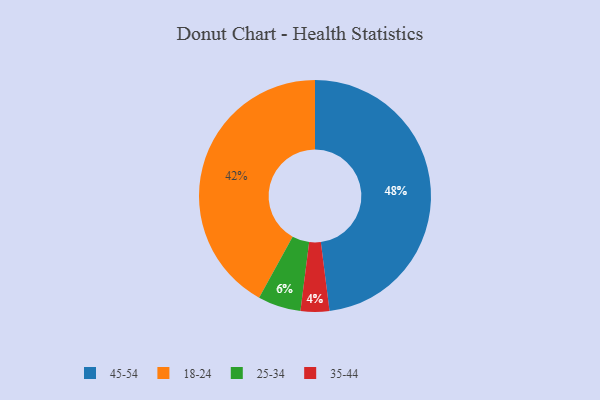
{"axis": {"x": "Category", "y": "Percentage"}, "legend": ["18-24", "25-34", "35-44", "45-54"], "data": [{"x": "25-34", "y": 6, "type": "25-34"}, {"x": "45-54", "y": 48, "type": "45-54"}, {"x": "35-44", "y": 4, "type": "35-44"}, {"x": "18-24", "y": 42, "type": "18-24"}]}